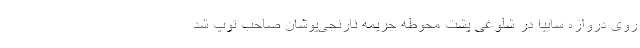
روی دروازه سایپا در شلوغی پشت محوطه جریمه نارنجی‌پوشان صاحب توپ شد